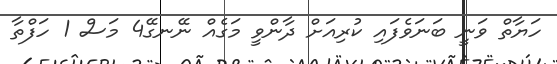
ހަޔާތް ވަނީ ބަނަވެފައި ކުރިއަށް ދާންވީ މަގެއް ނޭނގޭ4 މަސް 1 ހަފްތާ